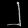
Digit: ၂